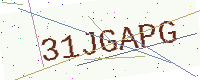
Text: 31JGAPG